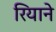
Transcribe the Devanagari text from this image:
रियाने